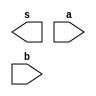
// -------------------------
//  Exemplo0031 - F4
// Nome: Gustavo Barbosa
// -------------------------
// -------------------------
//    f4_gate
// -------------------------
module f4 (output [3:0] s, input  [3:0] a, input  [3:0] b);
// descrever por portas
endmodule // f4

module test_f4;
// ------------------------- definir dados
reg  [3:0] x;
reg  [3:0] y;
wire [3:0] z;
f4 modulo (z, x, y);

// ------------------------- parte principal
   initial begin
      $display("\nExemplo0031 - Gustavo Barbosa - 427410");
      $display("\nTest LU's module");
      x = 4'b0011;      y = 4'b0101;
   // projetar testes do modulo
   #1 $display("%3b %3b %3b",x,y,z);
   end
endmodule // test_f4